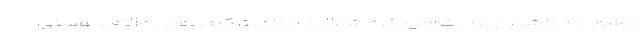
کشور و ۹ کشور جهان شامل: کره شمالی، لبنان، ترکیه، هند، مالزی، بوسنی